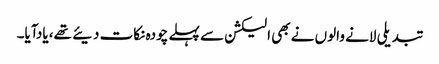
تبدیلی لانے والوں نے بھی الیکشن سے پہلے چودہ نکات دیئے تھے، یادآیا۔